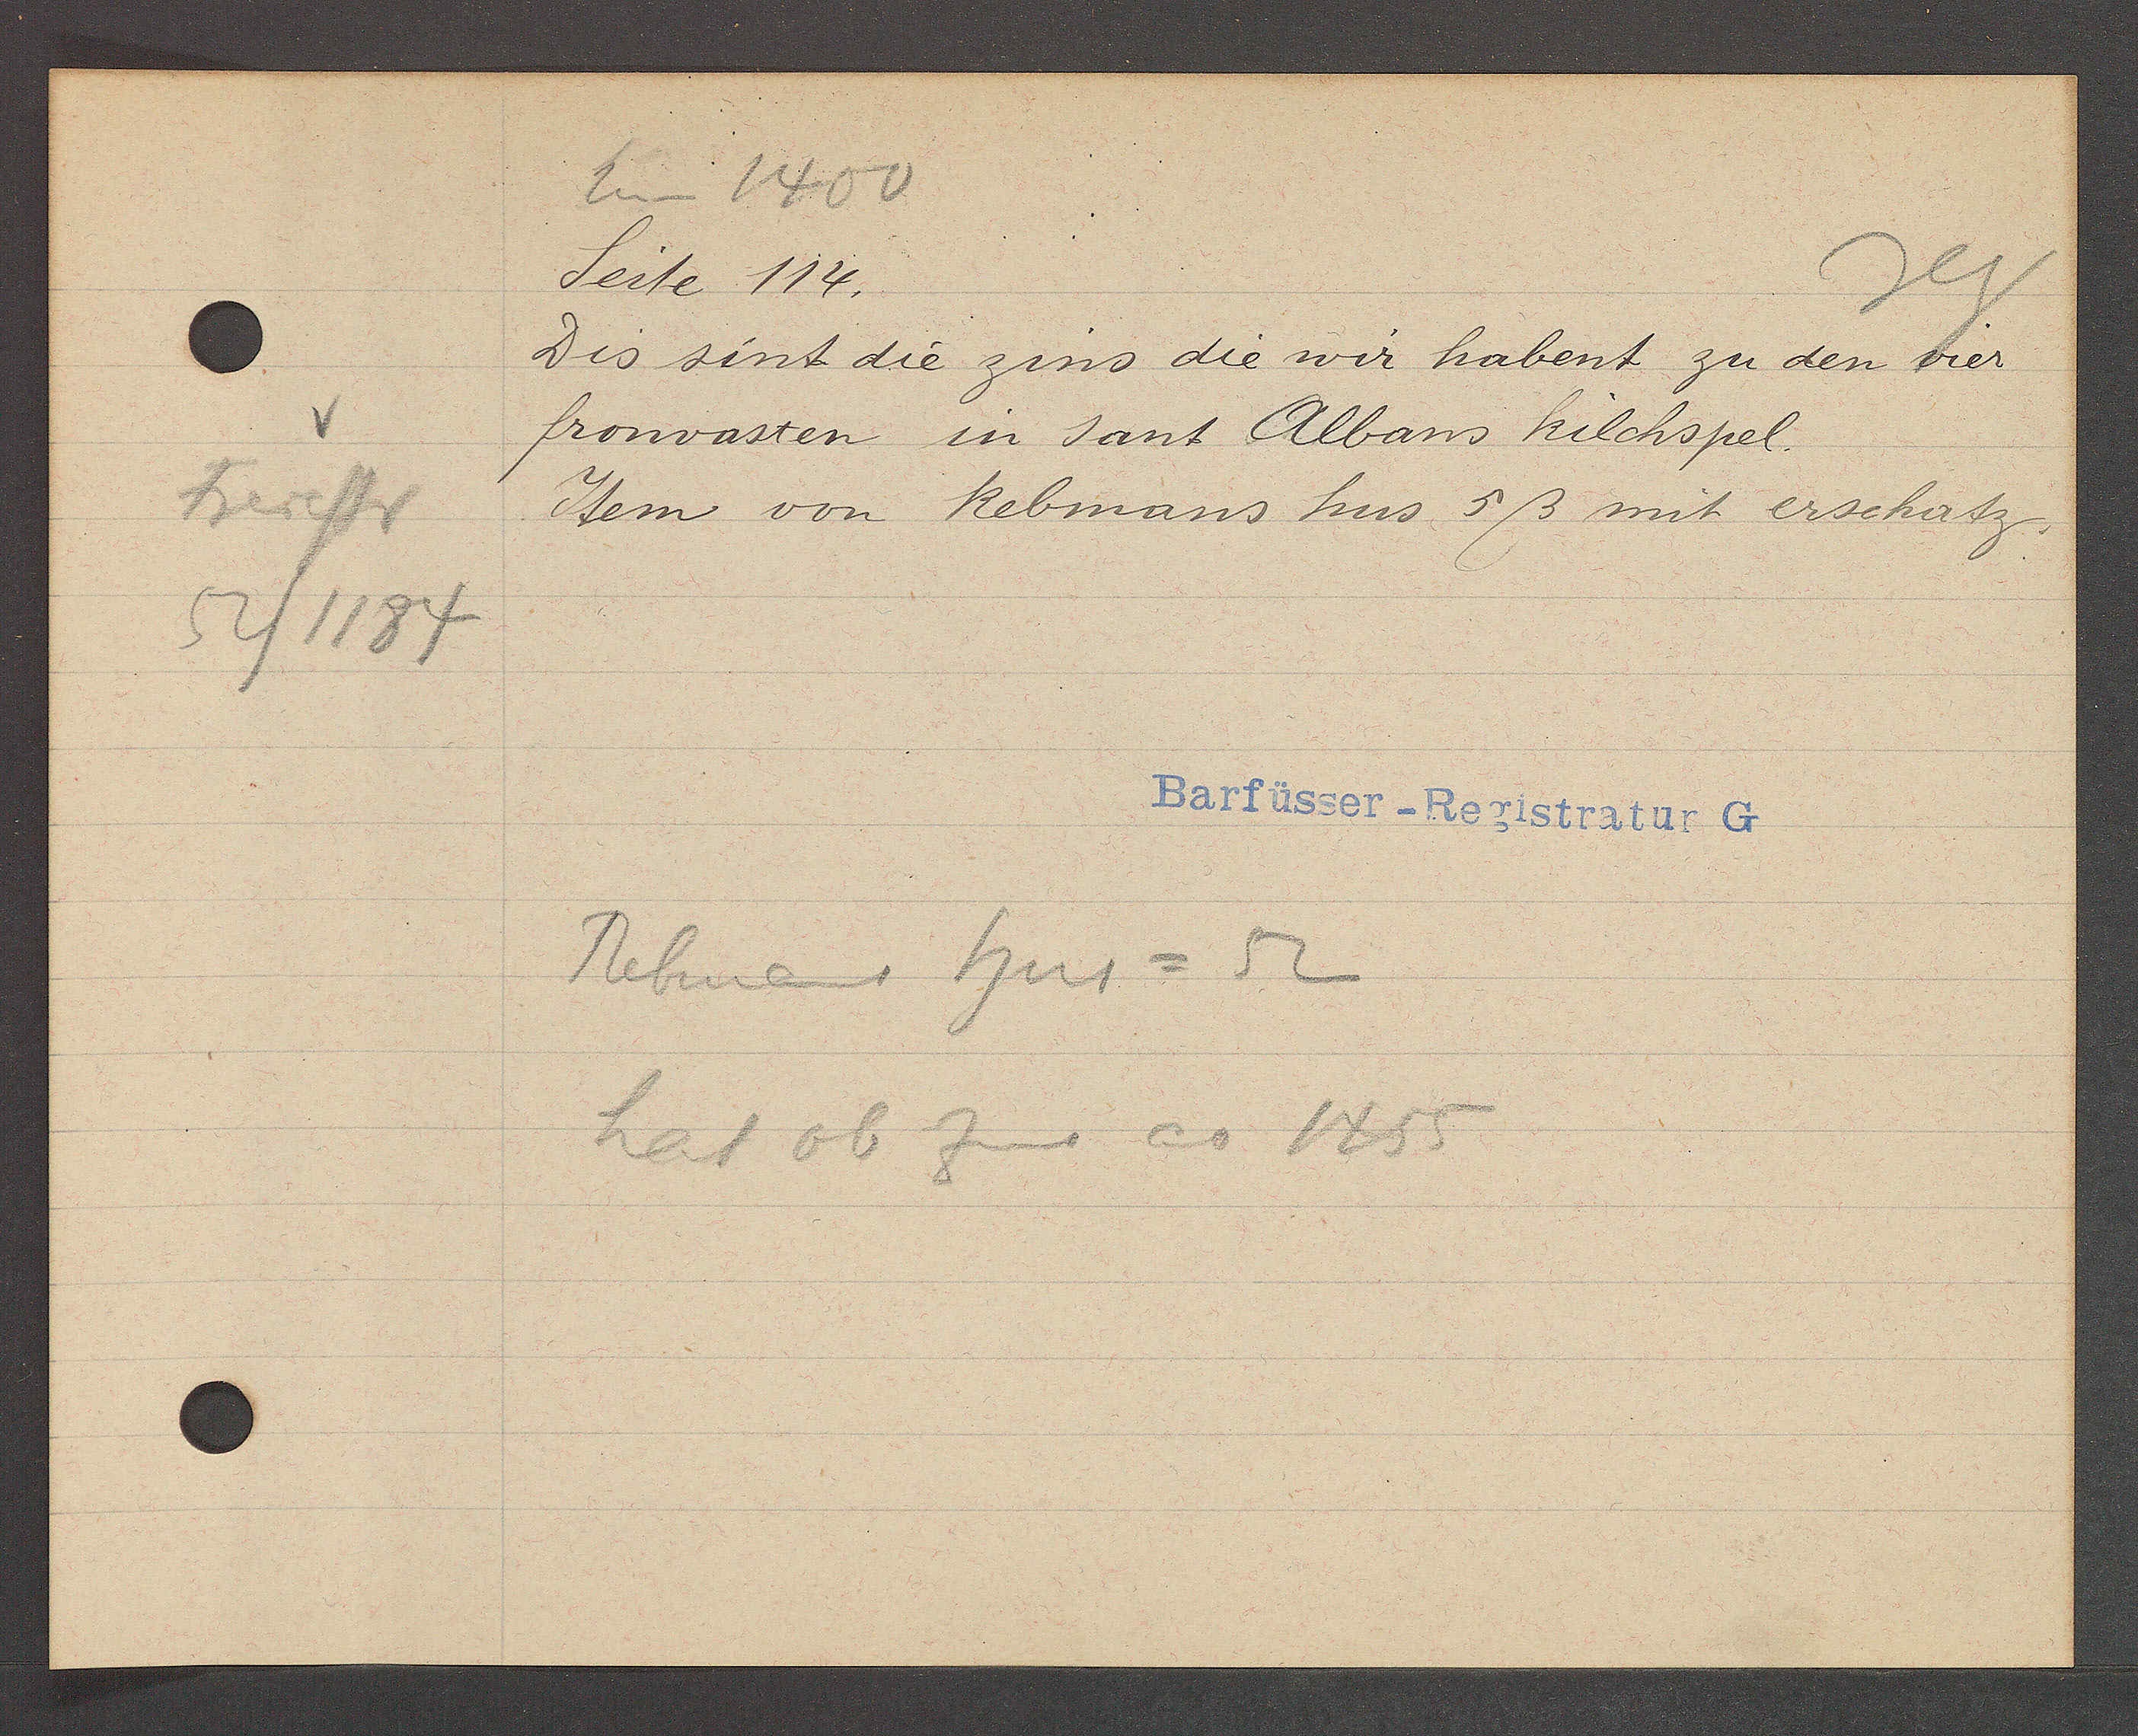
Transcript:
Freiestr
52/1184

Um 1400
Seite 114.

Dis sint die zins die wir habent zu den vier
fronvasten in sant Albans kilchspel.
Item von Rebmans hus 5ß mit erschatz.

Rebmans hus = 52
hat ob Zins ao 1455

Barfüsser-Registratur G